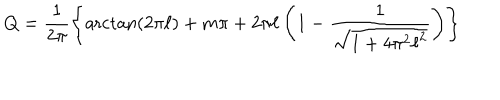
LaTeX: Q = \frac { 1 } { 2 \pi } \left\{ { \operatorname { a r c t a n } } ( 2 { \pi } { \ell } ) + m \pi + 2 { \pi } { \ell } \left( 1 - \frac { 1 } { \sqrt { 1 + 4 { \pi } ^ { 2 } { \ell } ^ { 2 } } } \right) \right\}